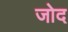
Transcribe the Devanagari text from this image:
जोद